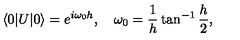
\langle 0 | U | 0 \rangle = e ^ { i \omega _ { 0 } h } , \quad \omega _ { 0 } = { \frac { 1 } { h } } \tan ^ { - 1 } { \frac { h } { 2 } } ,